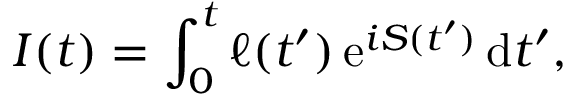
I ( t ) = \int _ { 0 } ^ { t } \ell ( t ^ { \prime } ) \, \mathrm { e } ^ { i S ( t ^ { \prime } ) } \, \mathrm { d } t ^ { \prime } ,